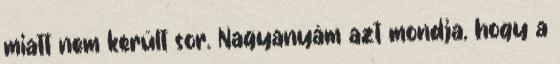
miatt nem került sor. Nagyanyám azt mondja, hogy a